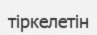
тіркелетін